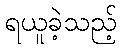
ရယူခဲ့သည့်